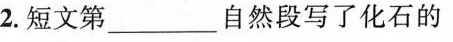
2.短文第___自然段写了化石的